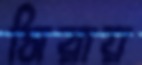
সিরায়